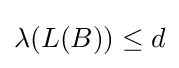
\lambda (L(B))\leq d